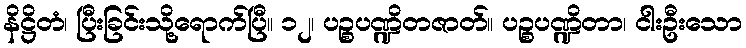
နိဋ္ဌိတံ၊ ပြီးခြင်းသို့ရောက်ပြီ။ ၁၂၊ ပဉ္စပဏ္ဍိတဇာတ်။ ပဉ္စပဏ္ဍိတာ၊ ငါးဦးသော